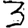
Digit: 3